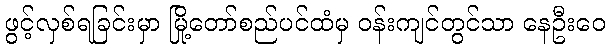
ဖွင့်လှစ်ရခြင်းမှာ မြို့တော်စည်ပင်ထံမှ ဝန်းကျင်တွင်သာ နေဦးဝေ